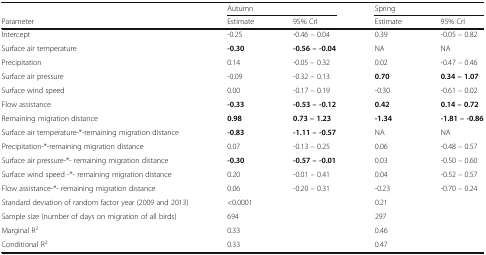
<table><thead><tr><td></td><td colspan="2"><b>Autumn</b></td><td colspan="2"><b>Spring</b></td></tr><tr><td><b>Parameter</b></td><td><b>Estimate</b></td><td><b>95% CrI</b></td><td><b>Estimate</b></td><td><b>95% CrI</b></td></tr></thead><tbody><tr><td>Intercept</td><td>-0.25</td><td>-0.46 – 0.04</td><td>0.39</td><td>-0.05 – 0.82</td></tr><tr><td>Surface air temperature</td><td><b>-0.30</b></td><td><b>-0.56 – -0.04</b></td><td>NA</td><td>NA</td></tr><tr><td>Precipitation</td><td>0.14</td><td>-0.05 – 0.32</td><td>0.02</td><td>-0.47 – 0.46</td></tr><tr><td>Surface air pressure</td><td>-0.09</td><td>-0.32 – 0.13</td><td><b>0.70</b></td><td><b>0.34 – 1.07</b></td></tr><tr><td>Surface wind speed</td><td>0.00</td><td>-0.17 – 0.19</td><td>-0.30</td><td>-0.61 – 0.02</td></tr><tr><td>Flow assistance</td><td><b>-0.33</b></td><td><b>-0.53 – -0.12</b></td><td><b>0.42</b></td><td><b>0.14 – 0.72</b></td></tr><tr><td>Remaining migration distance</td><td><b>0.98</b></td><td><b>0.73 – 1.23</b></td><td><b>-1.34</b></td><td><b>-1.81 – -0.86</b></td></tr><tr><td>Surface air temperature-*-remaining migration distance</td><td><b>-0.83</b></td><td><b>-1.11 – -0.57</b></td><td>NA</td><td>NA</td></tr><tr><td>Precipitation-*-remaining migration distance</td><td>0.07</td><td>-0.13 – 0.25</td><td>0.06</td><td>-0.48 – 0.57</td></tr><tr><td>Surface air pressure-*- remaining migration distance</td><td><b>-0.30</b></td><td><b>-0.57 – -0.01</b></td><td>0.03</td><td>-0.50 – 0.60</td></tr><tr><td>Surface wind speed -*- remaining migration distance</td><td>0.20</td><td>-0.01 – 0.41</td><td>0.04</td><td>-0.52 – 0.57</td></tr><tr><td>Flow assistance-*- remaining migration distance</td><td>0.06</td><td>-0.20 – 0.31</td><td>-0.23</td><td>-0.70 – 0.24</td></tr><tr><td>Standard deviation of random factor year (2009 and 2013)</td><td colspan="2">&lt;0.0001</td><td colspan="2">0.21</td></tr><tr><td>Sample size (number of days on migration of all birds)</td><td colspan="2">694</td><td colspan="2">297</td></tr><tr><td>Marginal R<sup>2</sup></td><td colspan="2">0.33</td><td colspan="2">0.46</td></tr><tr><td>Conditional R<sup>2</sup></td><td colspan="2">0.33</td><td colspan="2">0.47</td></tr></tbody></table>